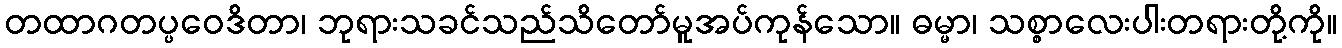
တထာဂတပ္ပဝေဒိတာ၊ ဘုရားသခင်သည်သိတော်မူအပ်ကုန်သော။ ဓမ္မာ၊ သစ္စာလေးပါးတရားတို့ကို။